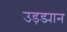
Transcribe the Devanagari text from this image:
उड़ड्यान